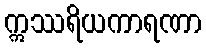
ဣဿရိယကာရဏာ